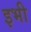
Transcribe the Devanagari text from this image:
इभी